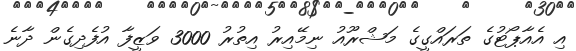
އި އެއާޕޯޓުގެ ތަރައްގީގެ މަޝްރޫއު ނިމޭއިރު އިތުރު 3000 ވަޒީފާ އުފެދިގެން ދާނެ